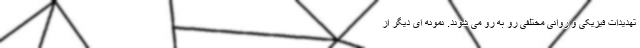
تهدیدات فیزیکی و روانی مختلفی رو به رو می شوند. نمونه ای دیگر از